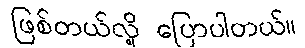
ဖြစ်တယ်လို့ ပြောပါတယ်။